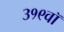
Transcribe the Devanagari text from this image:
३१९वॉ